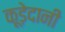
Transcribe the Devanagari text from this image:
कूड़ेदानी